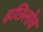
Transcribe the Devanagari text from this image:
इछिलोव